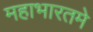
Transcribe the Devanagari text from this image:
महाभारतमे